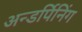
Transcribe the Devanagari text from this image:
अन्डर्पिनिंग